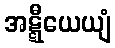
အဋ္ဋီယေယျံ